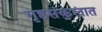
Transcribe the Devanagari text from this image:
गृहसंकुलात